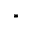
*